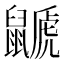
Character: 鼶